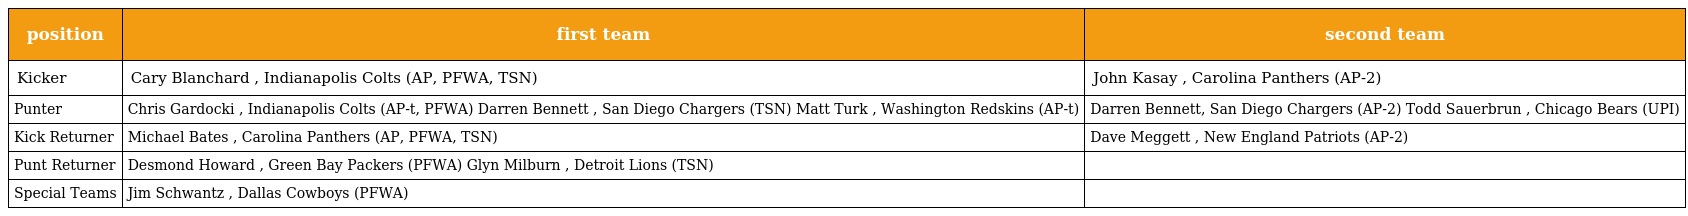
| position | first team | second team |
 | --- | --- | --- |
 | Kicker | Cary Blanchard , Indianapolis Colts (AP, PFWA, TSN) | John Kasay , Carolina Panthers (AP-2) |
 | Punter | Chris Gardocki , Indianapolis Colts (AP-t, PFWA) Darren Bennett , San Diego Chargers (TSN) Matt Turk , Washington Redskins (AP-t) | Darren Bennett, San Diego Chargers (AP-2) Todd Sauerbrun , Chicago Bears (UPI) |
 | Kick Returner | Michael Bates , Carolina Panthers (AP, PFWA, TSN) | Dave Meggett , New England Patriots (AP-2) |
 | Punt Returner | Desmond Howard , Green Bay Packers (PFWA) Glyn Milburn , Detroit Lions (TSN) |  |
 | Special Teams | Jim Schwantz , Dallas Cowboys (PFWA) |  |